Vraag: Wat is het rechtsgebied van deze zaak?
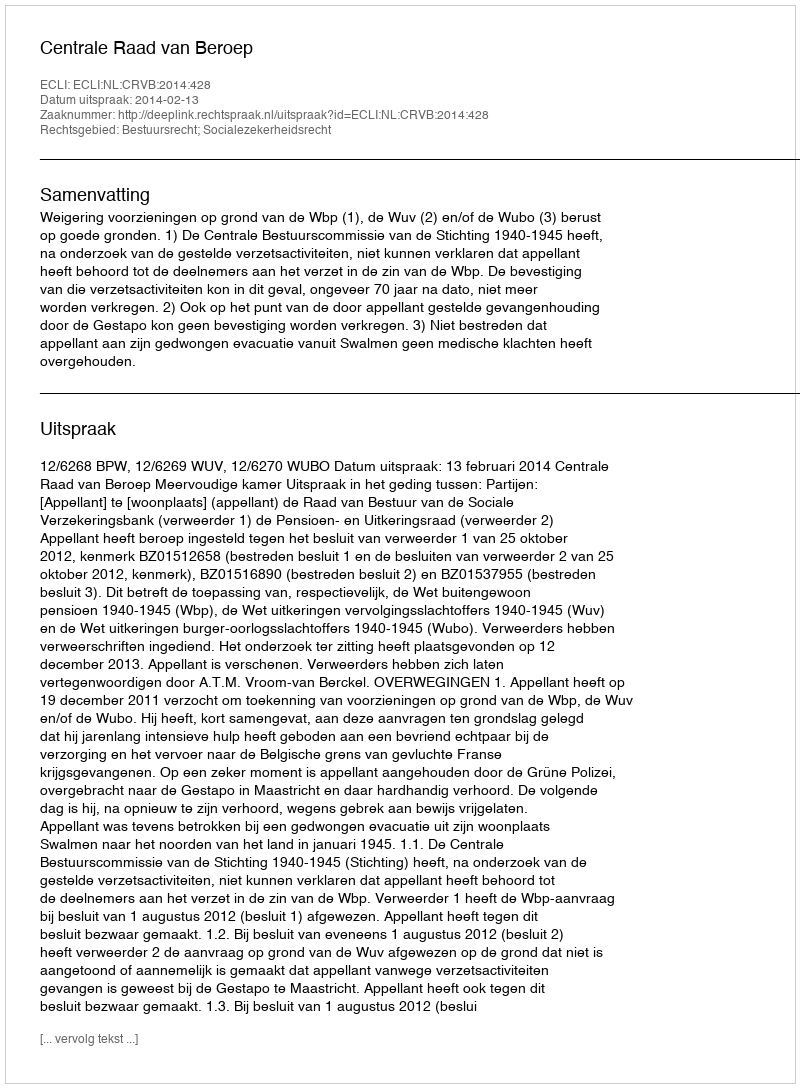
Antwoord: Bestuursrecht; Socialezekerheidsrecht